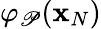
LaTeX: \varphi_{\mathscr{P}}(\mathbf{{x}}_{N})